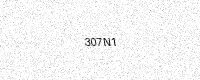
Text: 307N1